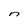
Character: n